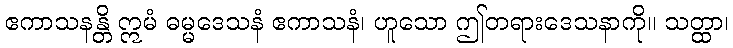
ဧကာသနန္တိ ဣမံ ဓမ္မဒေသနံ ဧကာသနံ၊ ဟူသော ဤတရားဒေသနာကို။ သတ္ထာ၊